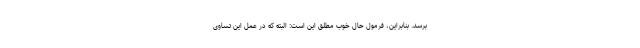
برسد. بنابراین، فرمول حال خوب مطلق این است: البته که در عمل این تساوی